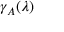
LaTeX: \gamma _ { A } ( \lambda )